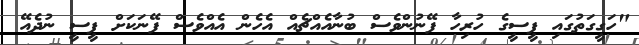
"ހަގީގަތުގައި ޕީސީގެ ހުރިހާ ފޭނުންވެސް ބުނާއެއްޗެއް އެހެން އެއްވެސް ފޭނަކަށް ޕީސީ ނުދެއޭ